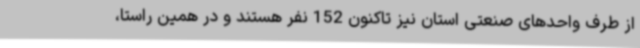
از طرف واحدهای صنعتی استان نیز تاکنون 152 نفر هستند و در همین راستا،